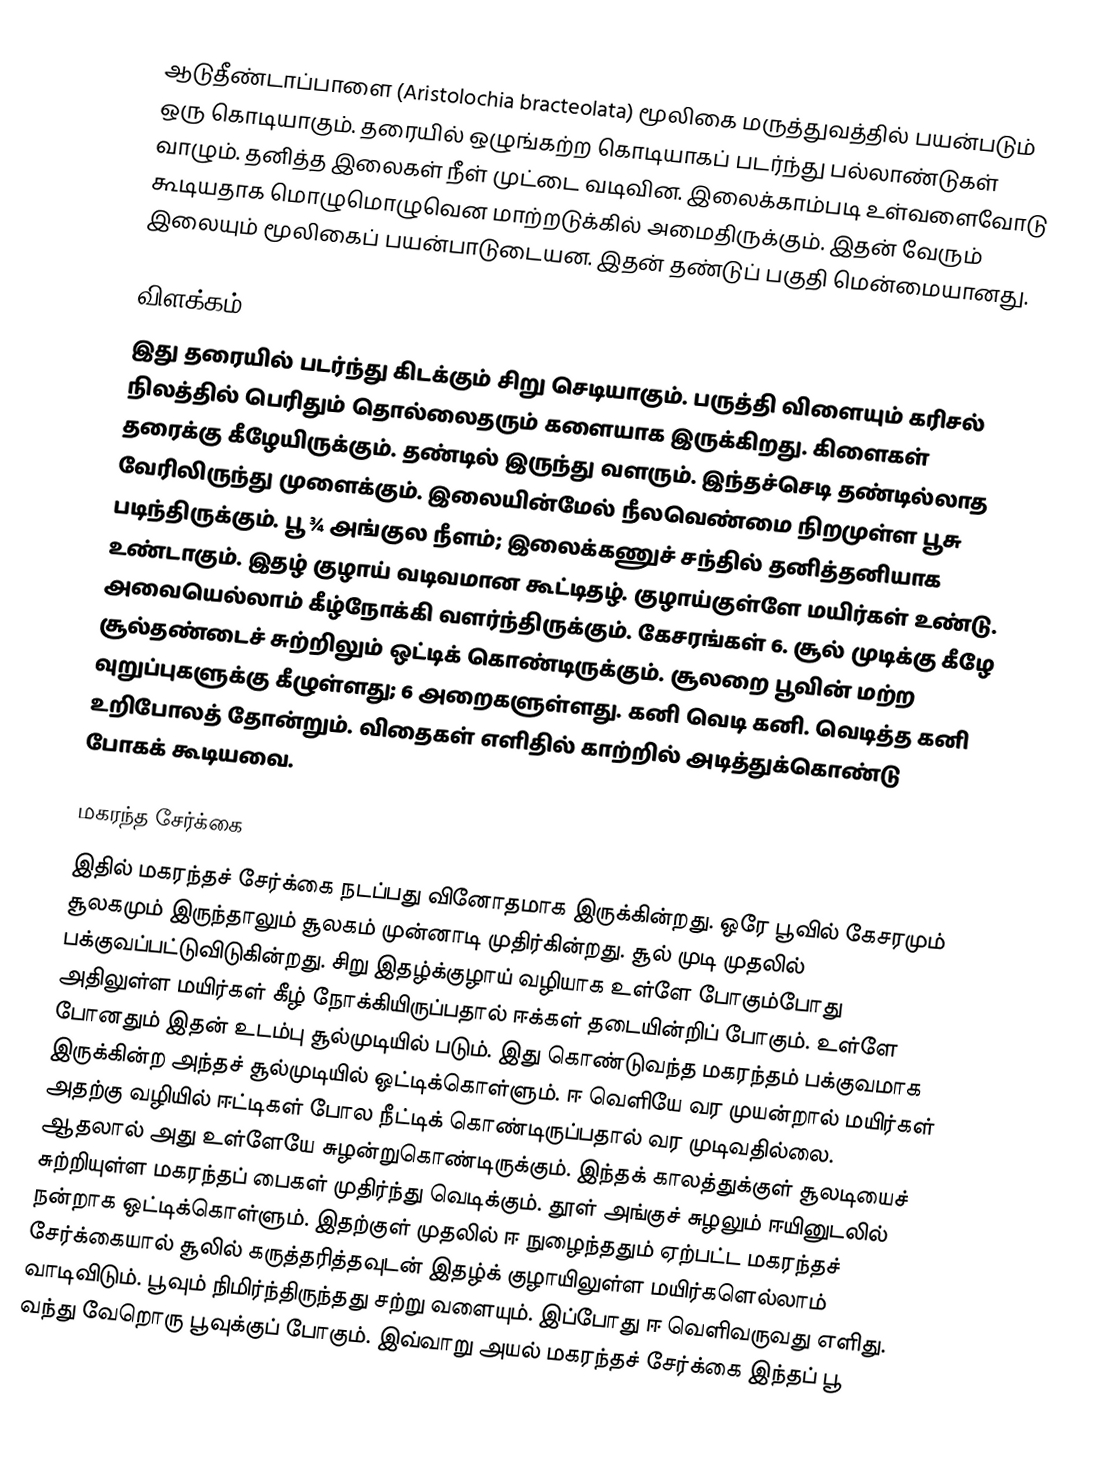
ஆடுதீண்டாப்பாளை (Aristolochia bracteolata) மூலிகை மருத்துவத்தில் பயன்படும் ஒரு கொடியாகும். தரையில் ஒழுங்கற்ற கொடியாகப் படர்ந்து பல்லாண்டுகள் வாழும். தனித்த இலைகள் நீள் முட்டை வடிவின. இலைக்காம்படி உள்வளைவோடு கூடியதாக மொழுமொழுவென மாற்றடுக்கில் அமைதிருக்கும். இதன் வேரும் இலையும் மூலிகைப் பயன்பாடுடையன. இதன் தண்டுப் பகுதி மென்மையானது.

விளக்கம்
இது தரையில் படர்ந்து கிடக்கும் சிறு செடியாகும். பருத்தி விளையும் கரிசல் நிலத்தில் பெரிதும் தொல்லைதரும் களையாக இருக்கிறது. கிளைகள் தரைக்கு கீழேயிருக்கும். தண்டில் இருந்து வளரும். இந்தச்செடி தண்டில்லாத வேரிலிருந்து முளைக்கும். இலையின்மேல் நீலவெண்மை நிறமுள்ள பூசு படிந்திருக்கும். பூ ¾ அங்குல நீளம்; இலைக்கணுச் சந்தில் தனித்தனியாக உண்டாகும். இதழ் குழாய் வடிவமான கூட்டிதழ். குழாய்குள்ளே மயிர்கள் உண்டு. அவையெல்லாம் கீழ்நோக்கி வளர்ந்திருக்கும். கேசரங்கள் 6. சூல் முடிக்கு கீழே சூல்தண்டைச் சுற்றிலும் ஒட்டிக் கொண்டிருக்கும். சூலறை பூவின் மற்ற வுறுப்புகளுக்கு கீழுள்ளது; 6 அறைகளுள்ளது. கனி வெடி கனி. வெடித்த கனி உறிபோலத் தோன்றும். விதைகள் எளிதில் காற்றில் அடித்துக்கொண்டு போகக் கூடியவை.

மகரந்த சேர்க்கை
இதில் மகரந்தச் சேர்க்கை நடப்பது வினோதமாக இருக்கின்றது. ஒரே பூவில் கேசரமும் சூலகமும் இருந்தாலும் சூலகம் முன்னாடி முதிர்கின்றது. சூல் முடி முதலில் பக்குவப்பட்டுவிடுகின்றது. சிறு இதழ்க்குழாய் வழியாக உள்ளே போகும்போது அதிலுள்ள மயிர்கள் கீழ் நோக்கியிருப்பதால் ஈக்கள் தடையின்றிப் போகும். உள்ளே போனதும் இதன் உடம்பு சூல்முடியில் படும். இது கொண்டுவந்த மகரந்தம் பக்குவமாக இருக்கின்ற அந்தச் சூல்முடியில் ஒட்டிக்கொள்ளும். ஈ வெளியே வர முயன்றால் மயிர்கள் அதற்கு வழியில் ஈட்டிகள் போல நீட்டிக் கொண்டிருப்பதால் வர முடிவதில்லை. ஆதலால் அது உள்ளேயே சுழன்றுகொண்டிருக்கும். இந்தக் காலத்துக்குள் சூலடியைச் சுற்றியுள்ள மகரந்தப் பைகள் முதிர்ந்து வெடிக்கும். தூள் அங்குச் சுழலும் ஈயினுடலில் நன்றாக ஒட்டிக்கொள்ளும். இதற்குள் முதலில் ஈ நுழைந்ததும் ஏற்பட்ட மகரந்தச் சேர்க்கையால் சூலில் கருத்தரித்தவுடன் இதழ்க் குழாயிலுள்ள மயிர்களெல்லாம் வாடிவிடும். பூவும் நிமிர்ந்திருந்தது சற்று வளையும். இப்போது ஈ வெளிவருவது எளிது. வந்து வேறொரு பூவுக்குப் போகும். இவ்வாறு அயல் மகரந்தச் சேர்க்கை இந்தப் பூ